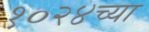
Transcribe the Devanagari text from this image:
१०२४च्या